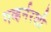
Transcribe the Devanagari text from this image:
गव्हर्नरशी